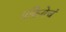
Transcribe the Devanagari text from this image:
प्रक्रियेचं